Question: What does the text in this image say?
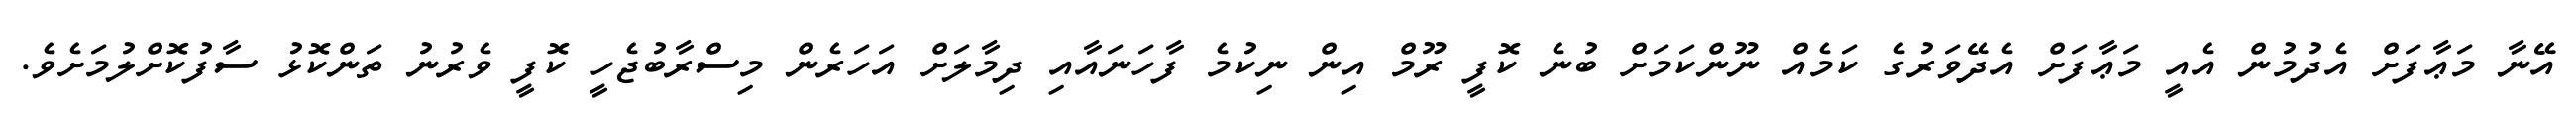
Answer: އޭނާ މަޢާފަށް އެދުމުން އެއީ މަޢާފަށް އެދޭވަރުގެ ކަމެއް ނޫންކަމަށް ބުނެ ކޮފީ ރޫމް އިން ނިކުމެ ފާހަނައާއި ދިމާލަށް އަހަރެން މިސްރާބުޖެހީ ކޮފީ ވެރުނު ތަންކޮޅު ސާފުކޮށްލުމަށެވެ.